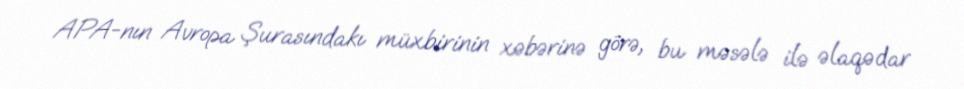
APA-nın Avropa Şurasındakı müxbirinin xəbərinə görə, bu məsələ ilə əlaqədar